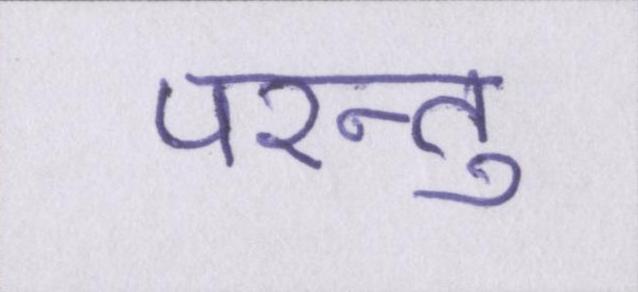
परन्तु